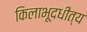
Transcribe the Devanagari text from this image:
किलाभूदधीत्य